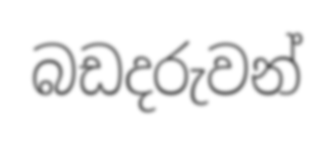
බඩදරුවන්